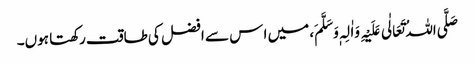
صَلَّی اللہُ تَعَالٰی عَلَیْہِ وَاٰلِہٖ وَسَلَّمَ، میں ا س سے افضل کی طاقت رکھتا ہوں۔